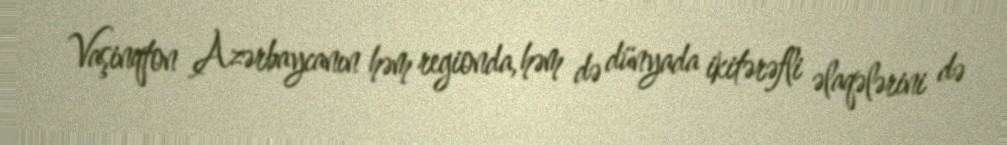
Vaşinqton Azərbaycanın həm regionda, həm də dünyada ikitərəfli əlaqələrini də